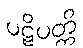
ပဋိပတ္တိ